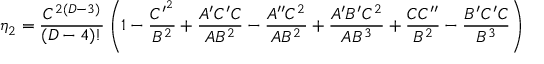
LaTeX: \eta _ { 2 } = { \frac { C ^ { 2 ( D - 3 ) } } { ( D - 4 ) ! } } \left( 1 - { \frac { C ^ { \prime ^ { 2 } } } { B ^ { 2 } } } + { \frac { A ^ { \prime } C ^ { \prime } C } { A B ^ { 2 } } } - { \frac { A ^ { \prime \prime } C ^ { 2 } } { A B ^ { 2 } } } + { \frac { A ^ { \prime } B ^ { \prime } C ^ { 2 } } { A B ^ { 3 } } } + { \frac { C C ^ { \prime \prime } } { B ^ { 2 } } } - { \frac { B ^ { \prime } C ^ { \prime } C } { B ^ { 3 } } } \right)